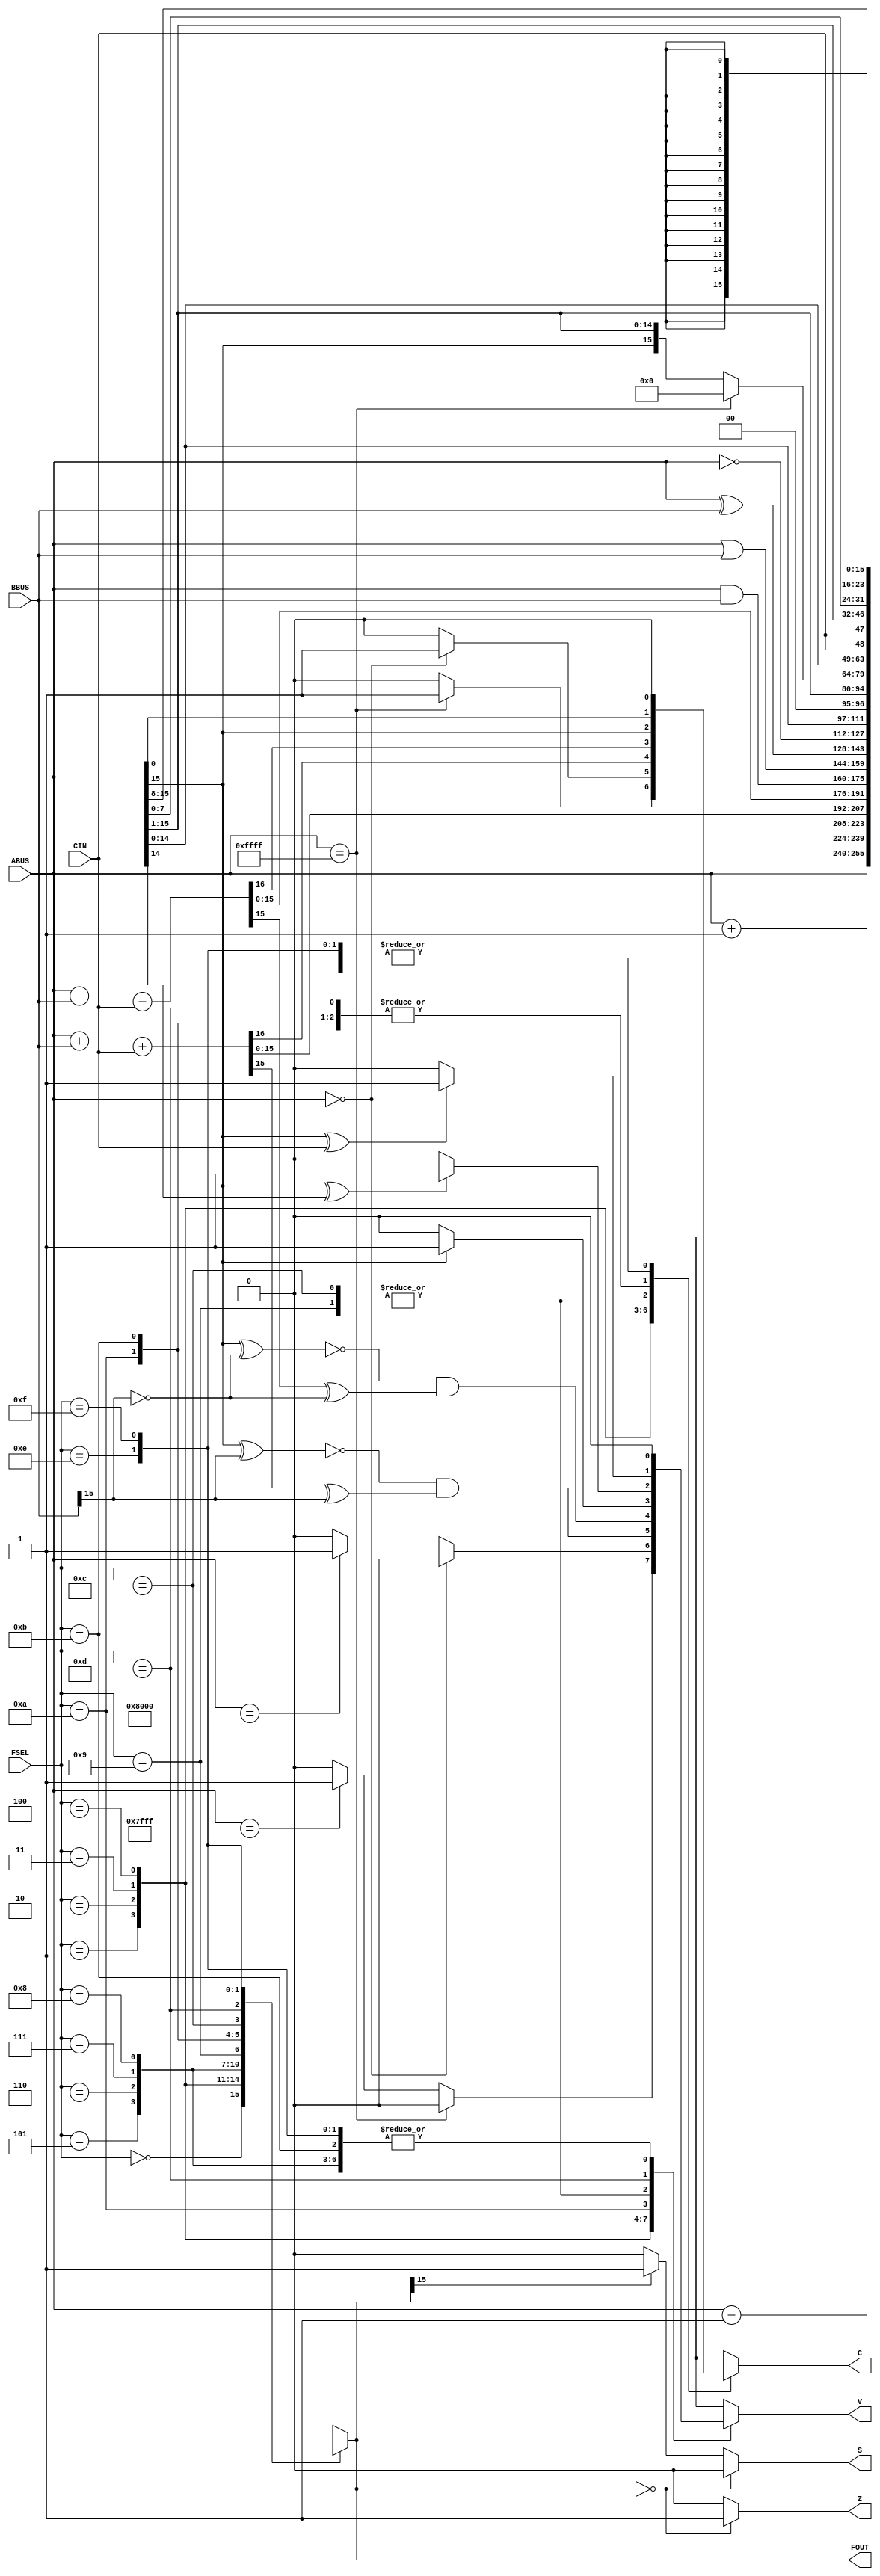
/* ALU.v: 
 * 
 * Processor ALU block.  This block is purely
 * combinational.  It implements 16 ALU operations, controlled by the
 * FSEL input.
 * 
 */
module ALU (

	// Outputs
   	FOUT, C, Z, S, V,
   	// Inputs
   	ABUS, BBUS, FSEL, CIN
   	) ;
   	input  [15:0] ABUS,BBUS;          /* Data busses */
   	input [3:0] 	 FSEL;	             /* Function select */
   	input         CIN;                /* Carry in */
   	output [15:0] FOUT;               /* Function out */
   	output 	 C,Z,S,V;            /* Current status out */

   	/* Reg for output so we can use them in always blocks. */
   	reg [15:0] 	 FOUT;
   	reg 		 C,Z,S,V;
	reg [16:0]	 TMP;
	
	always@(*)
	begin
		case (FSEL)
			
			4'b0000 : 	begin
						TMP = ABUS;					//Transfer ABUS
						C = 1'b0; V = 1'b0;
					end

			4'b0001 : 	begin
						TMP = ABUS + 1;					//Increment ABUS by one
						if (ABUS == 16'hFFFF) begin
							C = 1'b1; 
							V = 1'b0;
						end
						else if (ABUS == 16'h7FFF) begin
							V = 1'b1;
							C = 1'b0;
						end
						else begin
							V = 1'b0;
							C = 1'b0;
						end
					end

			4'b0010 : 	begin
						TMP = ABUS - 1;					//Decrement ABUS by one 
						if (ABUS == 16'h0000) begin
							C = 1'b1;
							V = 1'b0;
						end
						else if (ABUS == 16'h8000) begin
							V = 1'b1;
							C = 1'b0;
						end
						else begin
							V = 1'b0;
							C = 1'b0;
						end
					end

			4'b0011 : 	begin
						TMP = ABUS + BBUS + CIN;			//Add ABUS+BBUS+CIN	
						C = TMP[16];
						V = ((!(ABUS[15]^BBUS[15])) && (TMP[15]^BBUS[15]));
					end

			4'b0100 : 	begin
						TMP = ABUS - BBUS - CIN; 			//Subtract ABUS-BBUS-CIN
						C = TMP[16];
						V = ((!(ABUS[15]^!BBUS[15])) && (TMP[15]^!BBUS[15]));
					end

			4'b0101 : 	begin
						TMP = ABUS & BBUS;				//Bitwise ABUS & BBUS
						V = 1'b0; C = 1'b0;
					end

			4'b0110 : 	begin
						TMP = ABUS | BBUS;				//Bitwise ABUS | BBUS
						V = 1'b0; C = 1'b0;
					end

			4'b0111 : 	begin
						TMP = ABUS ^ BBUS;				//Bitwise ABUS ^ BBUS
						V = 1'b0; C = 1'b0;
					end

			4'b1000 : 	begin
						TMP = ~ABUS;					//Bitwise ! ABUS
						V = 1'b0; C = 1'b0;
					end

			4'b1001 : 	begin
						C = ABUS[15]; TMP = {ABUS[14:0],1'b0};		//Shift ABUS left, C = ABUS[15], FOUT[0] = 0
						if (ABUS[15] ^ ABUS[14])
							V = 1'b1;
						else
							V = 1'b0;
					end
	
			4'b1010 : 	begin
						C = ABUS[0]; TMP = ABUS[15:1];			//Shift ABUS right, C = ABUS[0], FOUT[15] = 0
						if (ABUS[15] == 1'b1)
							V = 1'b1;
						else
							V = 1'b0;
					end

			4'b1011 : 	begin
						if (ABUS == 16'hFFFF) 				//Arithmetic shift A right, bit C contains ABUS[0]
							TMP = 16'h0000;
						else
							TMP = {ABUS[15],ABUS[15:1]};
						C = ABUS[0]; V = 1'b0;
					end

			4'b1100 : 	begin
						TMP = {ABUS[14:0],CIN}; C = ABUS[15];		//Rotate left through carry, FOUT[0] = CIN, C = ABUS[15]
						if (ABUS[15] ^ ABUS[14])
							V = 1'b1;
						else
							V = 1'b0;
					end
	
			4'b1101 : 	begin
						TMP = {CIN,ABUS[15:1]}; C = ABUS[0];		//Rotate right through carry, FOUT[15] = CIN, C = ABUS[0]
						if (ABUS[15] ^ CIN)
							V = 1'b1;
						else
							V = 1'b0;
					end
	
			4'b1110 : 	begin
						TMP = {ABUS[7:0],ABUS[15:8]};			//Byte reverse
						C = 1'b0; V = 1'b0;
					end

			4'b1111 :	begin
						$display("Reserved 2");				//Reserved 2
						C = 1'b0; V = 1'b0;
						TMP = 16'hXXXX;
					end

			default: 	begin
						$display("Error in selection");
						C = 1'b0; V = 1'b0;
						TMP = 16'hXXXX;
					end
		
		endcase
		//zero check and signed check
		if (TMP[15:0] == 16'h0000) begin
			Z = 1'b1;
			S = 1'b0;
		end
		else if (TMP[15] == 1'b1) begin
			S = 1'b1;
			Z = 1'b0;
		end
		else begin
			S = 1'b0;
			Z = 1'b0;
		end

		FOUT = TMP[15:0];
		
	end

endmodule // ALU